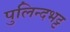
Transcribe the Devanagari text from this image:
पुलिन्दभट्ट